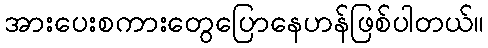
အားပေးစကားတွေပြောနေဟန်ဖြစ်ပါတယ်။